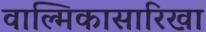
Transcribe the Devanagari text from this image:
वाल्मिकासारिखा